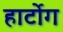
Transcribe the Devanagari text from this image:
हार्टोग